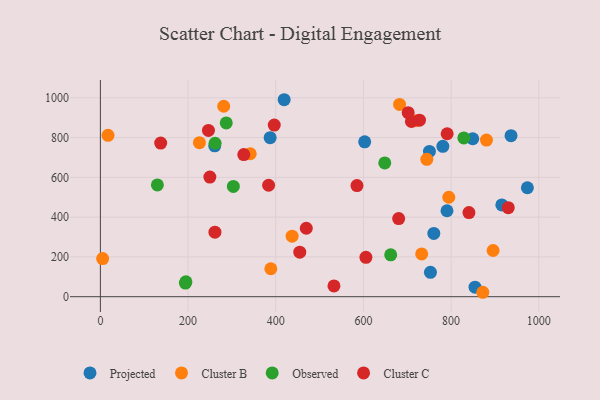
{"axis": {"x": "Ad Spend", "y": "Exam Score"}, "legend": ["Cluster B", "Cluster C", "Observed", "Projected"], "data": [{"x": "790.6", "y": 432.0, "type": "Projected"}, {"x": "854.6", "y": 48.0, "type": "Projected"}, {"x": "974.0", "y": 547.8, "type": "Projected"}, {"x": "781.2", "y": 756.2, "type": "Projected"}, {"x": "752.9", "y": 122.7, "type": "Projected"}, {"x": "750.6", "y": 730.4, "type": "Projected"}, {"x": "387.2", "y": 799.3, "type": "Projected"}, {"x": "419.2", "y": 990.3, "type": "Projected"}, {"x": "849.4", "y": 794.2, "type": "Projected"}, {"x": "915.7", "y": 461.2, "type": "Projected"}, {"x": "936.7", "y": 809.8, "type": "Projected"}, {"x": "602.9", "y": 778.7, "type": "Projected"}, {"x": "760.6", "y": 318.3, "type": "Projected"}, {"x": "260.8", "y": 758.7, "type": "Projected"}, {"x": "732.9", "y": 215.0, "type": "Cluster B"}, {"x": "880.7", "y": 787.2, "type": "Cluster B"}, {"x": "719.8", "y": 884.7, "type": "Cluster B"}, {"x": "5.1", "y": 191.8, "type": "Cluster B"}, {"x": "872.3", "y": 22.2, "type": "Cluster B"}, {"x": "341.8", "y": 718.6, "type": "Cluster B"}, {"x": "744.6", "y": 690.8, "type": "Cluster B"}, {"x": "437.3", "y": 304.4, "type": "Cluster B"}, {"x": "794.7", "y": 499.9, "type": "Cluster B"}, {"x": "281.3", "y": 957.4, "type": "Cluster B"}, {"x": "682.4", "y": 966.5, "type": "Cluster B"}, {"x": "388.8", "y": 140.4, "type": "Cluster B"}, {"x": "895.8", "y": 232.2, "type": "Cluster B"}, {"x": "17.4", "y": 811.4, "type": "Cluster B"}, {"x": "225.9", "y": 774.6, "type": "Cluster B"}, {"x": "662.2", "y": 210.4, "type": "Observed"}, {"x": "195.1", "y": 74.7, "type": "Observed"}, {"x": "829.1", "y": 798.2, "type": "Observed"}, {"x": "130.0", "y": 561.7, "type": "Observed"}, {"x": "261.7", "y": 771.5, "type": "Observed"}, {"x": "303.3", "y": 554.4, "type": "Observed"}, {"x": "193.9", "y": 68.3, "type": "Observed"}, {"x": "287.1", "y": 873.6, "type": "Observed"}, {"x": "648.7", "y": 672.3, "type": "Observed"}, {"x": "680.4", "y": 392.7, "type": "Cluster C"}, {"x": "454.8", "y": 224.0, "type": "Cluster C"}, {"x": "930.4", "y": 447.8, "type": "Cluster C"}, {"x": "383.7", "y": 560.3, "type": "Cluster C"}, {"x": "585.3", "y": 558.8, "type": "Cluster C"}, {"x": "249.7", "y": 601.5, "type": "Cluster C"}, {"x": "396.6", "y": 862.8, "type": "Cluster C"}, {"x": "702.1", "y": 925.3, "type": "Cluster C"}, {"x": "791.0", "y": 819.3, "type": "Cluster C"}, {"x": "727.9", "y": 887.6, "type": "Cluster C"}, {"x": "532.8", "y": 54.1, "type": "Cluster C"}, {"x": "261.3", "y": 324.5, "type": "Cluster C"}, {"x": "469.7", "y": 344.0, "type": "Cluster C"}, {"x": "137.5", "y": 772.4, "type": "Cluster C"}, {"x": "840.7", "y": 423.1, "type": "Cluster C"}, {"x": "605.7", "y": 197.7, "type": "Cluster C"}, {"x": "709.5", "y": 880.7, "type": "Cluster C"}, {"x": "327.1", "y": 714.4, "type": "Cluster C"}, {"x": "246.5", "y": 835.7, "type": "Cluster C"}]}